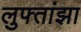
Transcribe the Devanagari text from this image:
लुफ्तांझा